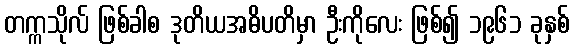
တက္ကသိုလ် ဖြစ်ခါစ ဒုတိယအဓိပတိမှာ ဦးကိုလေး ဖြစ်၍ ၁၉၆၁ ခုနှစ်